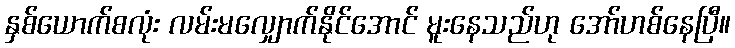
နှစ်ယောက်စလုံး လမ်းမလျှောက်နိုင်အောင် မူးနေသည်ဟု အော်ဟစ်နေပြီ။